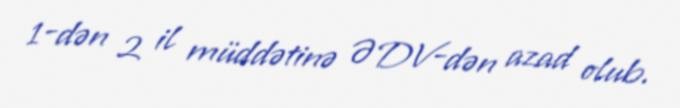
1-dən 2 il müddətinə ƏDV-dən azad olub.